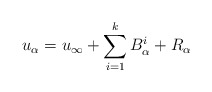
\begin{align*} u_\alpha = u_\infty + \sum_{i=1}^kB_\alpha^i + R_\alpha \end{align*}